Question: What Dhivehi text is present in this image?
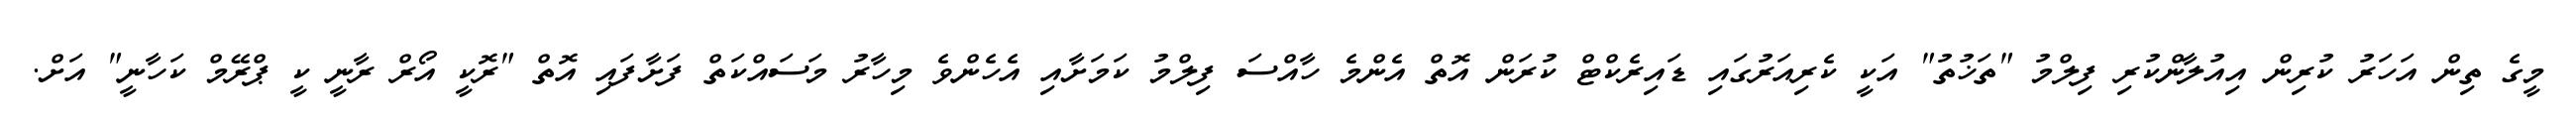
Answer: މީގެ ތިން އަހަރު ކުރިން އިއުލާންކުރި ފިލްމު "ތަޚުތު" އަކީ ކެރިއަރުގައި ޑައިރެކްޓް ކުރަން އޮތް އެންމެ ހާއްސަ ފިލްމު ކަމަށާއި އެހެންވެ މިހާރު މަސައްކަތް ފަށާފައި އޮތް "ރޮކީ އޯރް ރާނީ ކީ ޕްރޭމް ކަހާނީ" އަށް.